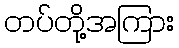
တပ်တို့အကြား